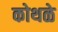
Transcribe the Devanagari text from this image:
कोथळे